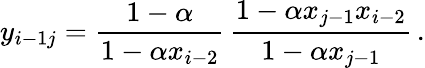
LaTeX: y_{i-1j}=\frac{1-\alpha}{1-\alpha x_{i-2}}\, \frac{1-\alpha x_{j-1}x_{i-2}}{1-\alpha x_{j-1}}\, .